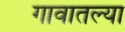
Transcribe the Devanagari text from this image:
गावातल्‍या